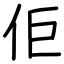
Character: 佢